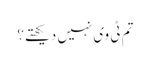
تم ٹی وی نہیں دیکھتے؟